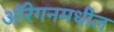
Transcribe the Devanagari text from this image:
ऑरेगनमधील